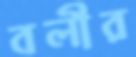
বলীর